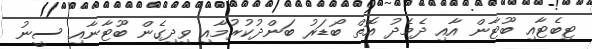
ޓިބެޓާއި ބޫޓާން އާއި ދެމެދު އޮތް ބޯޑަރު ބަންދުކުރުމާއި ވިދިގެން ބޫޓާނާއި ސީނު